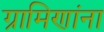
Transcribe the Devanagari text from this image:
ग्रामिणांना